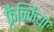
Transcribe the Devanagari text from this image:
फ्रैन्किया